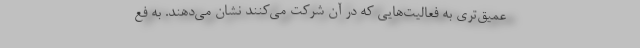
عمیق‌تری به فعالیت‌هایی که در آن شرکت می‌کنند نشان می‌دهند. به فع